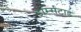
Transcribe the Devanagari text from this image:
डार्म्सटाड